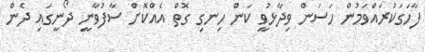
ފާހަގަކުރައްވަމުން ހަސަން ވިދާޅުވީ ކަން ހިނގި ގޮތް އެއްކޮށް ސާފުވާނީ ދޯނީގައި ދެން